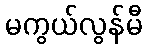
မကွယ်လွန်မီ